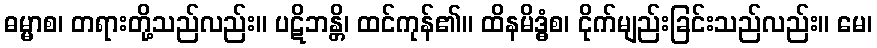
ဓမ္မာစ၊ တရားတို့သည်လည်း။ ပဋိဘန္တိ၊ ထင်ကုန်၏။ ထိနမိဒ္ဓံစ၊ ငိုက်မျည်းခြင်းသည်လည်း။ မေ၊